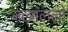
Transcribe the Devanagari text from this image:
जल्मललो